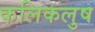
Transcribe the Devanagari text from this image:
कलिकलुष